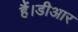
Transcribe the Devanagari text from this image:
हैं।डीआर